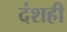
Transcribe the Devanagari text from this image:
दंशही